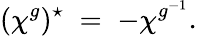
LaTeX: (\chi^{g})^{\star}\; =\; -\chi^{g^{-1}}.